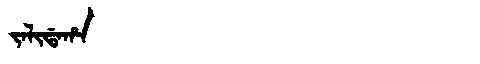
Manchu: ᠵᠠᠯᡳᡩᠠᡥᠠ
Romanization: JALIDAHA